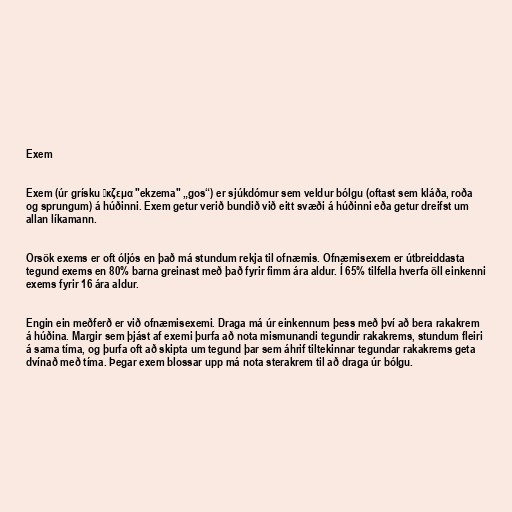
Exem

Exem (úr grísku ἔκζεμα "ekzema" „gos“) er sjúkdómur sem veldur bólgu (oftast sem kláða, roða
og sprungum) á húðinni. Exem getur verið bundið við eitt svæði á húðinni eða getur dreifst um
allan líkamann.

Orsök exems er oft óljós en það má stundum rekja til ofnæmis. Ofnæmisexem er útbreiddasta
tegund exems en 80% barna greinast með það fyrir fimm ára aldur. Í 65% tilfella hverfa öll einkenni
exems fyrir 16 ára aldur.

Engin ein meðferð er við ofnæmisexemi. Draga má úr einkennum þess með því að bera rakakrem
á húðina. Margir sem þjást af exemi þurfa að nota mismunandi tegundir rakakrems, stundum fleiri
á sama tíma, og þurfa oft að skipta um tegund þar sem áhrif tiltekinnar tegundar rakakrems geta
dvínað með tíma. Þegar exem blossar upp má nota sterakrem til að draga úr bólgu.